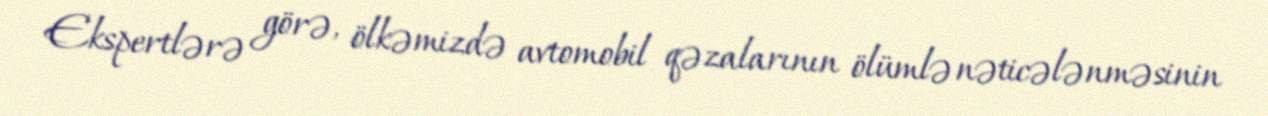
Ekspertlərə görə, ölkəmizdə avtomobil qəzalarının ölümlə nəticələnməsinin